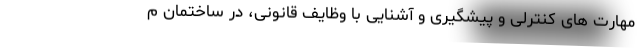
مهارت های کنترلی و پیشگیری و آشنایی با وظایف قانونی، در ساختمان م